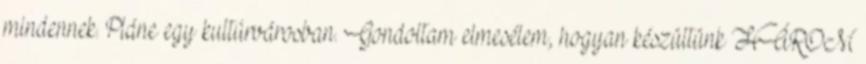
mindennek. Pláne egy kultúrvárosban. Gondoltam elmesélem, hogyan készültünk HÁROM